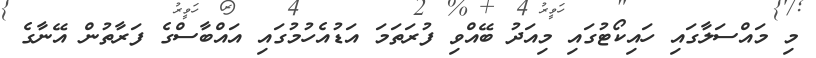
މި މައްސަލާގައި ހައިކޯޓުގައި މިއަދު ބޭއްވި ފުރަތަމަ އަޑުއެހުމުގައި އައްބާސްގެ ފަރާތުން އޭނާގެ